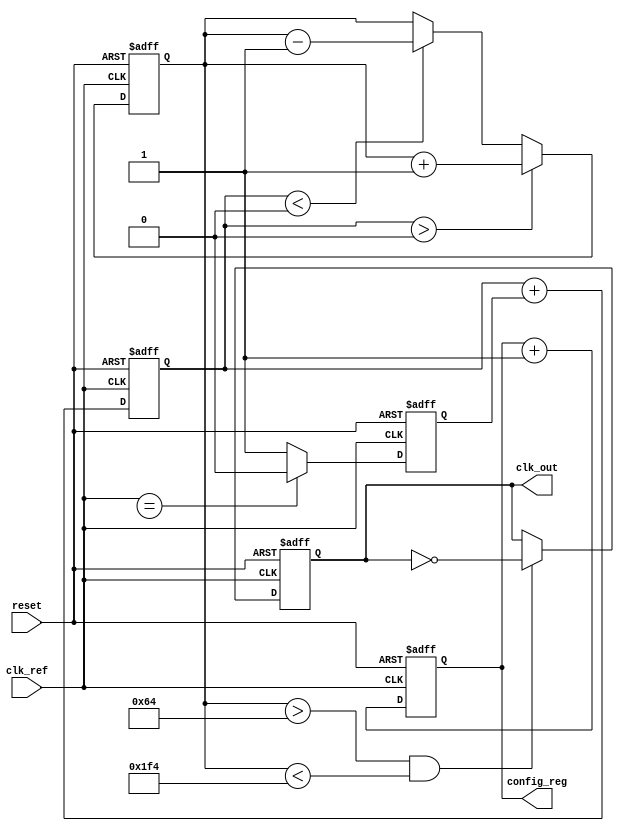
module pll (
    input wire clk_ref,               // Reference clock input
    input wire reset,                 // Asynchronous reset
    output reg clk_out,               // Output clock signal
    output reg [N-1:0] config_reg     // Memory block for configuration
);

    // Parameter definitions
    parameter N = 8;                  // Width of configuration register
    parameter VCO_FREQ_MIN = 100;     // min VCO frequency in MHz
    parameter VCO_FREQ_MAX = 500;     // max VCO frequency in MHz

    // Internal signals
    reg [N-1:0] vco_freq;             // VCO frequency setting
    reg phase_error;                  // Phase error signal
    wire clk_feedback;                // Feedback clock from VCO

    // Phase Detector (PD)
    always @(posedge clk_ref or posedge reset) begin
        if (reset) begin
            phase_error <= 0;
        end else begin
            // Simple phase comparison: 1 for leading, -1 for lagging
            phase_error <= (clk_ref == clk_feedback) ? 0 : (clk_ref > clk_feedback) ? 1 : -1;
        end
    end

    // Loop Filter (LF) - Simple integrator for demo purpose
    reg [N-1:0] control_voltage;       // Control voltage for VCO
    always @(posedge clk_ref or posedge reset) begin
        if (reset) begin
            control_voltage <= 0;
        end else begin
            // Simple integrator to filter phase error
            control_voltage <= control_voltage + phase_error;
        end
    end

    // Voltage-Controlled Oscillator (VCO)
    always @(posedge clk_ref or posedge reset) begin
        if (reset) begin
            vco_freq <= VCO_FREQ_MIN; // Initialize VCO to min frequency
            clk_out <= 0;
        end else begin
            // Adjust VCO frequency based on control voltage (simplified)
            if (control_voltage > 0) begin
                vco_freq <= vco_freq + 1; // Increment frequency
            end else if (control_voltage < 0) begin
                vco_freq <= vco_freq - 1; // Decrement frequency
            end
            
            // Feedback clock generation (simple toggle for demo)
            if (vco_freq > VCO_FREQ_MIN && vco_freq < VCO_FREQ_MAX) begin
                clk_out <= ~clk_out; // Toggle output clock
            end
        end
    end

    // Frequency Divider (not implemented, just placeholder)
    // Here you would add logic to divide the VCO output frequency

    // Memory Blocks for configuration
    always @(posedge clk_ref or posedge reset) begin
        if (reset) begin
            config_reg <= 0; // Clear config on reset
        end else begin
            // Load configuration parameters (example logic)
            config_reg <= config_reg + 1; // Increment config as a placeholder
        end
    end

endmodule